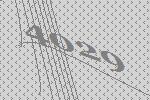
4029